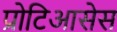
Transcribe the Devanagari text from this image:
प्रोटिआसेस